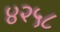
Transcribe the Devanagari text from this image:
४२५८